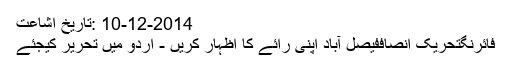
10-12-2014 :تاریخ اشاعت
فائرنگتحریک انصاففیصل آباد اپنی رائے کا اظہار کریں - اُردو میں تحریر کیجئے